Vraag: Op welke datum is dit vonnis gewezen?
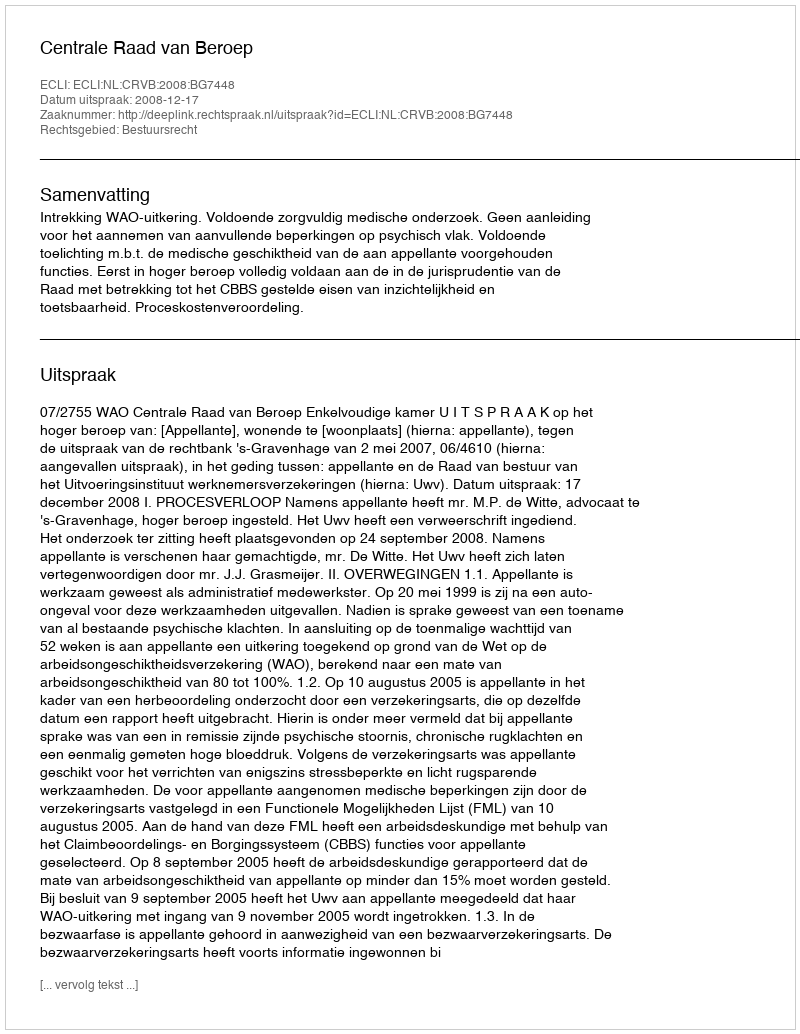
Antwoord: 2008-12-17